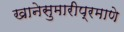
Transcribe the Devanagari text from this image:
खानेसुमारीप्रमाणे